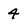
Character: 4